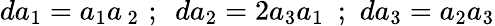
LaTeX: da_{1}=a_{1}a\, _{2}\, \, ;\, \, \, da_{2}=2a_{3}a_{1}\, \, \, ;\, \, da_{3}=a_{2}a_{3}